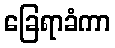
ခြေရာခံကာ